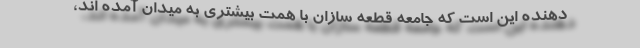
دهنده این است که جامعه قطعه سازان با همت بیشتری به میدان آمده اند،